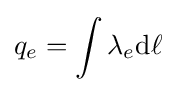
q_{e}=\int \lambda _{e}\mathrm {d} \ell